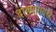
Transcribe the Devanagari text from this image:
दाण्याएवढी